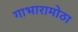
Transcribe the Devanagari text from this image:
गाभारामोठा